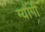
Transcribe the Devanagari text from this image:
ग्योंगी